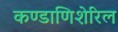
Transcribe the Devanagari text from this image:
कण्डाणिशेरिल